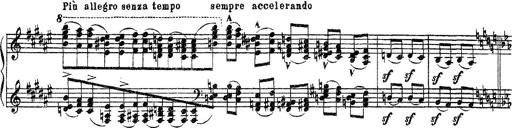
Title: Apparitions
Composer: Franz Liszt